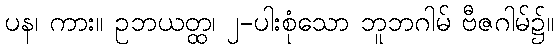
ပန၊ ကား။ ဥဘယတ္ထ၊ ၂-ပါးစုံသော ဘူဘဂါမ် ဗီဇဂါမ်၌။